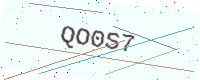
Text: QO0S7